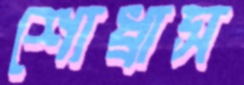
শোধ্‌রাস